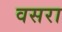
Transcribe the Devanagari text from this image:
वसरा